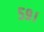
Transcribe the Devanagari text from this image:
५९।